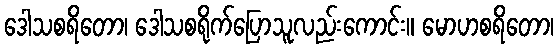
ဒေါသစရိတော၊ ဒေါသစရိုက်ပြောသူလည်းကောင်း။ မောဟစရိတော၊